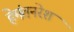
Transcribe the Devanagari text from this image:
हेमंतनरेश